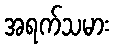
အရက်သမား